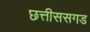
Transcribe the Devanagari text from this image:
छत्तीससगड